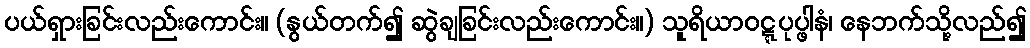
ပယ်ရှားခြင်းလည်းကောင်း။ (နွယ်တက်၍ ဆွဲချခြင်းလည်းကောင်း။) သူရိယာဝဋ္ဋပုပ္ဖါနံ၊ နေဘက်သို့လည်၍